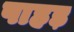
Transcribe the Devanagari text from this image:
पाहड़